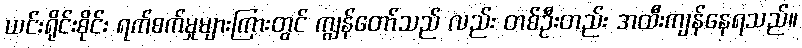
ယင်းရိုင်းစိုင်း ရက်စက်မှုများကြားတွင် ကျွန်တော်သည် လည်း တစ်ဦးတည်း အထီးကျန်နေရသည်။